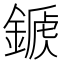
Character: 𨪾